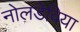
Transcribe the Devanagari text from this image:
नोलडेविया